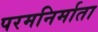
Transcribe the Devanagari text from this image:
परमनिर्माता